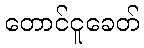
တောင်ငူခေတ်